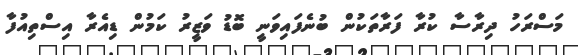
މަސްރަހު ދިރާސާ ކުރާ ފަރާތަކުން ބުނެފައިވަނީ ބޮޑު ވަޒީރު ކަމުން ޑިއެރާ އިސްތިއުފާ